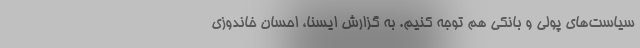
سیاست‌های پولی و بانکی هم توجه کنیم. به گزارش ایسنا، احسان خاندوزی